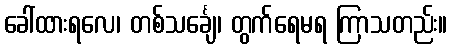
ခေါ်ထားရလေ၊ တစ်သင်္ချေ၊ တွက်ရေမရ ကြာသတည်း။